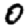
Digit: 0